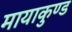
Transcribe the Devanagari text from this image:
मायाकुण्ड